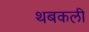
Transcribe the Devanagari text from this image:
थबकली